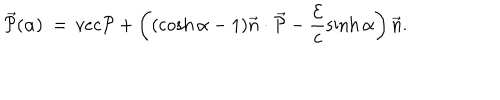
\vec { \cal { P } } ( \alpha ) \ = \, v e c { \cal { P } } + \left( ( \cosh \alpha - 1 ) \vec { n } \cdot \vec { \cal { P } } - \frac { \cal { E } } { c } \sinh \alpha \right) \vec { n } .